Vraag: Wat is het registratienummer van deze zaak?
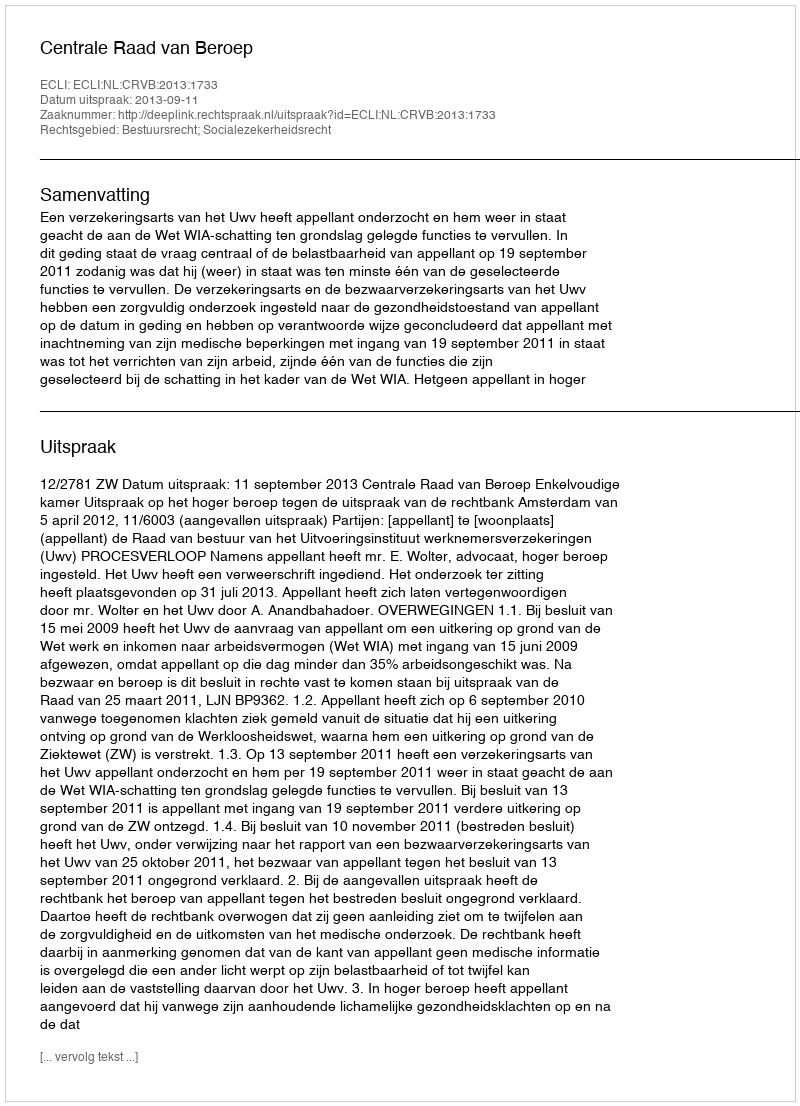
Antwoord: http://deeplink.rechtspraak.nl/uitspraak?id=ECLI:NL:CRVB:2013:1733